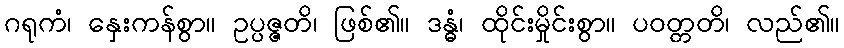
ဂရုကံ၊ နှေးကန်စွာ။ ဥပ္ပဇ္ဇတိ၊ ဖြစ်၏။ ဒန္ဓံ၊ ထိုင်းမှိုင်းစွာ။ ပဝတ္တတိ၊ လည်၏။